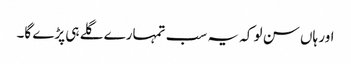
اور ہاں سن لو کہ یہ سب تمہارے گلے ہی پڑے گا۔